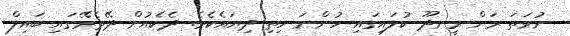
ނުވަތަ ރަން ރީނދޫ ކުލައިގައި ހުންނަ ހިތި ދިޔައެކެވެ. ދެކެއުން ދޭތެރޭގައި ބައިލް